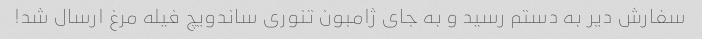
سفارش دیر به دستم رسید و به جای ژامبون تنوری ساندویچ فیله مرغ ارسال شد!